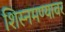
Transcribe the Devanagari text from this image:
शिस्नमण्यावर